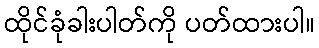
ထိုင်ခုံခါးပါတ်ကို ပတ်ထားပါ။